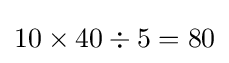
10\times 40\div 5=80